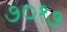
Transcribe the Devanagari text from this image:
७०१७